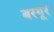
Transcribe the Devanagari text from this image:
बरगूर